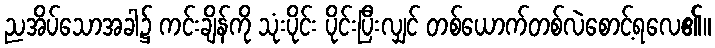
ညအိပ်သောအခါ၌ ကင်းချိန်ကို သုံးပိုင်း ပိုင်းပြီးလျှင် တစ်ယောက်တစ်လဲစောင့်ရလေ၏။